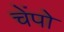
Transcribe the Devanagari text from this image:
चेंपो